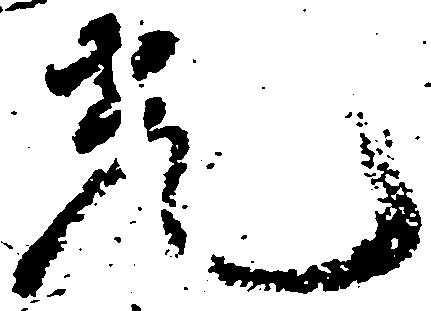
光